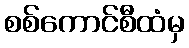
စစ်ကောင်စီထံမှ